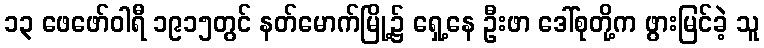
၁၃ ဖေဖော်ဝါရီ ၁၉၁၅တွင် နတ်မောက်မြို့၌ ရှေ့နေ ဦးဖာ ဒေါ်စုတို့က ဖွားမြင်ခဲ့ သူ